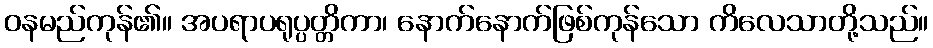
ဝနမည်ကုန်၏။ အပရာပရုပ္ပတ္တိကာ၊ နောက်နောက်ဖြစ်ကုန်သော ကိလေသာတို့သည်။